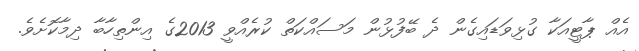
އެއް ޕާޓީއަކާ ގުޅިވަޑައިގެން ދެ ބޭފުޅުން މަސައްކަތް ކުރެއްވީ 2013ގެ އިންތިހާބާ ދިމާކޮށެވެ.